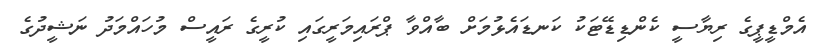
އެމްޑީޕީގެ ރިޔާސީ ކެންޑިޑޭޓަކު ކަނޑައެޅުމަށް ބާއްވާ ޕްރައިމަރީގައި ކުރީގެ ރައީސް މުހައްމަދު ނަޝީދުގެ